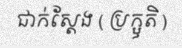
ជាក់ស្តែង ( ប្រក្ឫតិ )